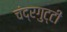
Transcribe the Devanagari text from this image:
चंद्रगुट्टी